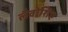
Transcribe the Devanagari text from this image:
लैवोशिए